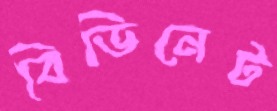
বিডিনেট